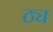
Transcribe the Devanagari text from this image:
ठ्य